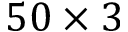
5 0 \times 3